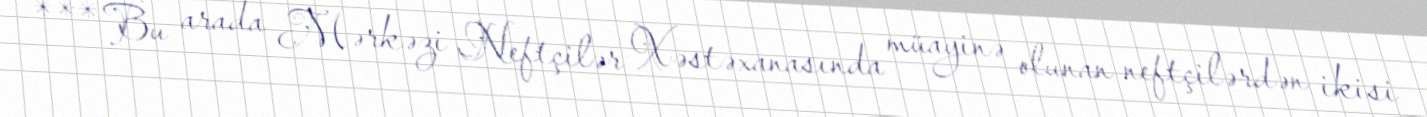
*** Bu arada Mərkəzi Neftçilər Xəstəxanasında müayinə olunan neftçilərdən ikisi